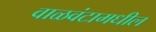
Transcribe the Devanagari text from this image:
वाळवंटामधील